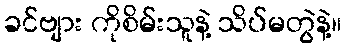
ခင်ဗျား ကိုစိမ်းသူနဲ့ သိပ်မတွဲနဲ့။